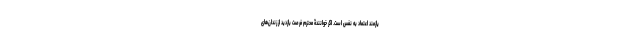
یازمند اعتماد به نفس است. اگر خوانندۀ محترم فرصتِ بازدید از زندان­‌های